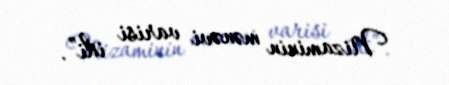
Nizaminin mənəvi varisi idi”.